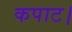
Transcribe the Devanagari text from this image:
कपाट।